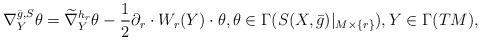
\begin{align*} \nabla_Y^{\bar{g},S}\theta=\widetilde{\nabla}^{h_r}_Y\theta-\frac 12\partial_r\cdot W_r(Y)\cdot\theta, \theta\in\Gamma(S(X,\bar{g})|_{M\times\{r\}}), Y\in\Gamma(TM), \end{align*}